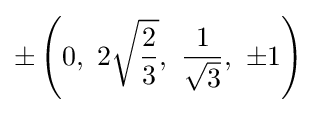
\pm \left(0,\ 2{\sqrt {\frac {2}{3}}},\ {\frac {1}{\sqrt {3}}},\ \pm 1\right)